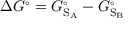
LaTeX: \Delta G ^ { \circ } = G _ { \mathrm { S } _ { \mathrm { A } } } ^ { \circ } - G _ { \mathrm { S } _ { \mathrm { B } } } ^ { \circ }